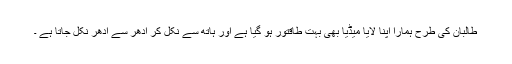
طالبان کی طرح ہمارا اپنا لایا میڈیا بھی بہت طاقتور ہو گیا ہے اور ہاتھ سے نکل کر ادھر سے ادھر نکل جاتا ہے ۔